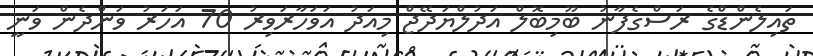
ތައިލެންޑްގެ ރަސްގެފާނު ބޫމިބޮލް އަދުލްޔަދޭޖް މިއަދު އަވަހާރަވިރު 70 އަހަރު ވަންދެން ވަނީ